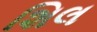
શિલ